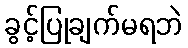
ခွင့်ပြုချက်မရဘဲ